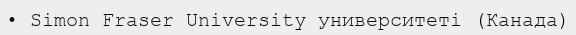
• Simon Fraser University университеті (Канада)